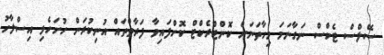
ސޭލްސް ޓެކްސް ނަގާނަމަ މިހާތަނަށް ކޮންޓްރެކްޓް ކޮށްފައިވާ ފަރާތްތައް އުނިކުރަން ހުށަހެޅި އިސްލާހު